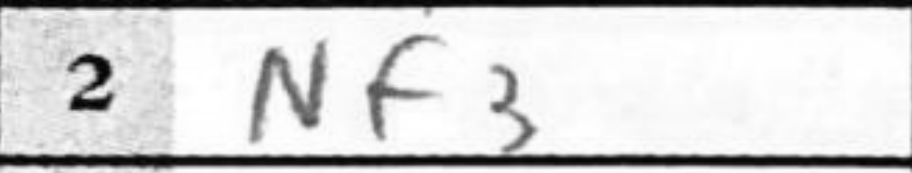
Transcription: Nf3